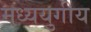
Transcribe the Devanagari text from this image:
मध्ययुगीय